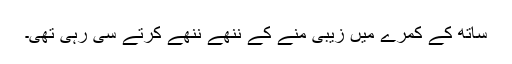
ساتھ کے کمرے میں زیبی منے کے ننھے ننھے کُرتے سی رہی تھی۔